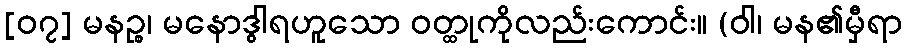
[၀၇] မနဉ္စ၊ မနောဒွါရဟူသော ဝတ္ထုကိုလည်းကောင်း။ (ဝါ၊ မန၏မှီရာ